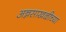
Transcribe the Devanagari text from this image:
अन्नसाखळीच्या